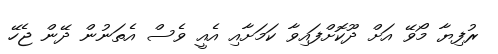
ރުފިޔާ މޯވޭ އަށް ދޫކޮށްފައިވާ ކަމަށާއި އެއީ ވެސް އެތަނުން ދޭން ޖެހޭ